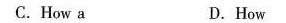
C. How a D. How